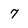
Character: 7